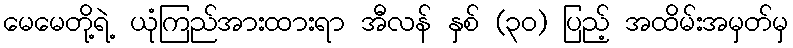
မေမေတို့ရဲ့ ယုံကြည်အားထားရာ အီလန် နှစ် (၃၀) ပြည့် အထိမ်းအမှတ်မှ